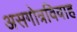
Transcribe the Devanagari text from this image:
असगोत्रविवाह